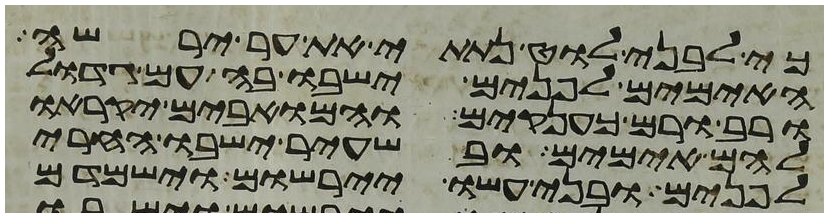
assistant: כי לבני לוט נתתי את ער ירשה
האימים לפנים ישבו בה עם גדול
ורב ורם כענקים והמואבים יקראו
להם אימים ובשעיר ישבו החרי
לפנים ובני עשו יירשום וישמדם